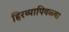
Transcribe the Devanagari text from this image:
हिरव्यापिवळ्या